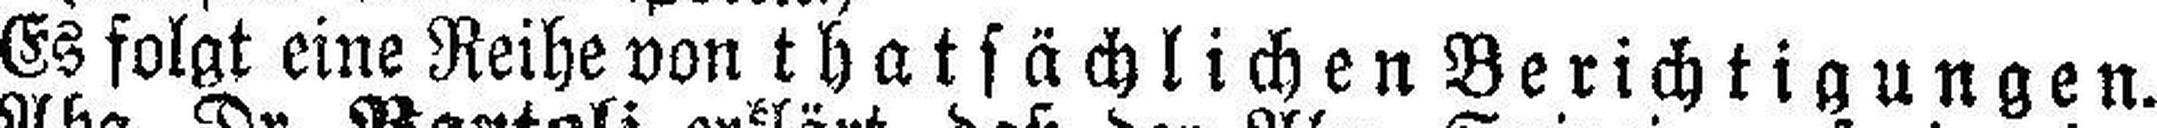
Es folgt eine Reihe von thatsächlichen Berichtigungen.